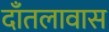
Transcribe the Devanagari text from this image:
दाँतलावास